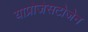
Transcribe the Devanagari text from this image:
याप्रोजेसटोजेन